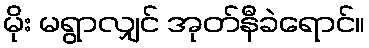
မိုး မရွာလျှင် အုတ်နီခဲရောင်။